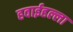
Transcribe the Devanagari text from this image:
हवाईहल्ला